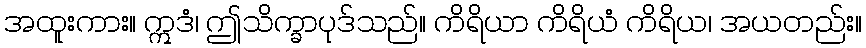
အထူးကား။ ဣဒံ၊ ဤသိက္ခာပုဒ်သည်။ ကိရိယာ ကိရိယံ ကိရိယ၊ အယတည်း။